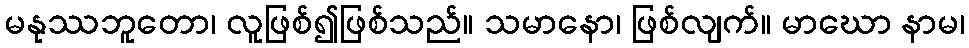
မနုဿဘူတော၊ လူဖြစ်၍ဖြစ်သည်။ သမာနော၊ ဖြစ်လျက်။ မာဃော နာမ၊